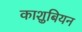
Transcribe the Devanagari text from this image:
काशुबियन